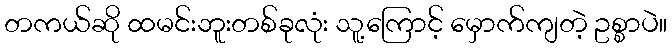
တကယ်ဆို ထမင်းဘူးတစ်ခုလုံး သူ့ကြောင့် မှောက်ကျတဲ့ ဥစ္စာပဲ။